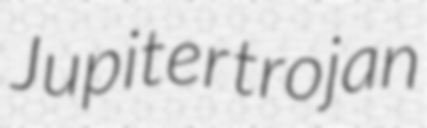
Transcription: Jupiter trojan